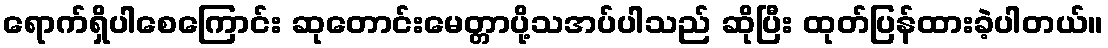
ရောက်ရှိပါစေကြောင်း ဆုတောင်းမေတ္တာပို့သအပ်ပါသည် ဆိုပြီး ထုတ်ပြန်ထားခဲ့ပါတယ်။